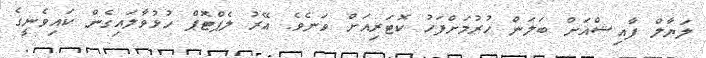
ލަޔާލް ފާއިޝްއަށް ބަލަން ހުރުމަށްފަހު ކޮޓަރިއަށް ވަނެވެ. އޭރު ލެޕްޓޮޕް ހުޅުވާލައިގެން ކައިވެނީގެ